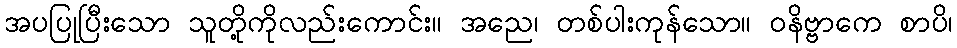
အပပြုပြီးသော သူတို့ကိုလည်းကောင်း။ အညေ၊ တစ်ပါးကုန်သော။ ဝနိဗ္ဗာကေ စာပိ၊